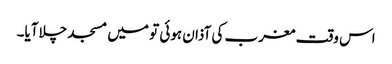
اس وقت مغرب کی آذان ہوئی تو میں مسجد چلاآیا۔